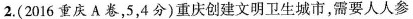
2.(2016重庆A卷，5，4分)重庆创建文明卫生城市，需要人人参